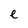
Character: e